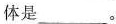
体是___。